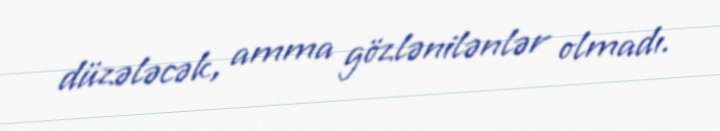
düzələcək, amma gözlənilənlər olmadı.